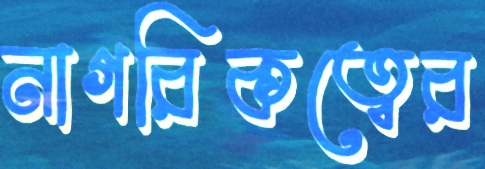
নাগরিকত্বের